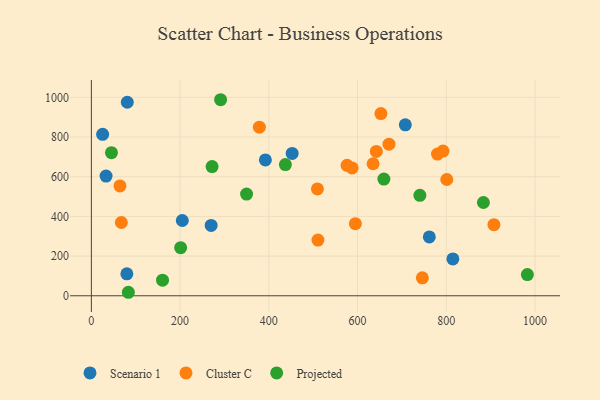
{"axis": {"x": "Speed", "y": "Fuel Efficiency"}, "legend": ["Cluster C", "Projected", "Scenario 1"], "data": [{"x": "81.0", "y": 975.3, "type": "Scenario 1"}, {"x": "270.0", "y": 354.6, "type": "Scenario 1"}, {"x": "205.0", "y": 379.3, "type": "Scenario 1"}, {"x": "814.8", "y": 185.6, "type": "Scenario 1"}, {"x": "33.1", "y": 603.0, "type": "Scenario 1"}, {"x": "452.6", "y": 717.2, "type": "Scenario 1"}, {"x": "80.0", "y": 110.8, "type": "Scenario 1"}, {"x": "707.6", "y": 861.5, "type": "Scenario 1"}, {"x": "25.4", "y": 813.4, "type": "Scenario 1"}, {"x": "761.7", "y": 296.5, "type": "Scenario 1"}, {"x": "392.2", "y": 684.4, "type": "Scenario 1"}, {"x": "587.7", "y": 644.0, "type": "Cluster C"}, {"x": "801.1", "y": 585.9, "type": "Cluster C"}, {"x": "635.0", "y": 665.3, "type": "Cluster C"}, {"x": "510.7", "y": 280.6, "type": "Cluster C"}, {"x": "792.5", "y": 728.9, "type": "Cluster C"}, {"x": "67.6", "y": 369.2, "type": "Cluster C"}, {"x": "652.6", "y": 918.2, "type": "Cluster C"}, {"x": "64.5", "y": 553.5, "type": "Cluster C"}, {"x": "378.7", "y": 849.6, "type": "Cluster C"}, {"x": "780.1", "y": 714.1, "type": "Cluster C"}, {"x": "670.8", "y": 763.9, "type": "Cluster C"}, {"x": "642.3", "y": 727.3, "type": "Cluster C"}, {"x": "907.3", "y": 358.0, "type": "Cluster C"}, {"x": "576.3", "y": 657.1, "type": "Cluster C"}, {"x": "595.0", "y": 363.1, "type": "Cluster C"}, {"x": "746.0", "y": 90.6, "type": "Cluster C"}, {"x": "509.5", "y": 538.5, "type": "Cluster C"}, {"x": "160.4", "y": 78.4, "type": "Projected"}, {"x": "349.8", "y": 512.6, "type": "Projected"}, {"x": "272.1", "y": 651.0, "type": "Projected"}, {"x": "437.3", "y": 661.2, "type": "Projected"}, {"x": "740.4", "y": 506.4, "type": "Projected"}, {"x": "291.3", "y": 987.9, "type": "Projected"}, {"x": "982.7", "y": 107.0, "type": "Projected"}, {"x": "45.3", "y": 721.2, "type": "Projected"}, {"x": "883.6", "y": 470.1, "type": "Projected"}, {"x": "83.4", "y": 17.6, "type": "Projected"}, {"x": "201.2", "y": 242.5, "type": "Projected"}, {"x": "659.3", "y": 587.8, "type": "Projected"}]}